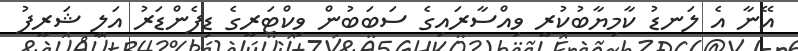
އޭނާ އެ ލަނޑު ކާމިޔާބުކުރީ ވިއްސާރައިގެ ސަބަބުން ވިކްޓަރީގެ ޑިފެންޑަރު އަލީ ޝަރީފު